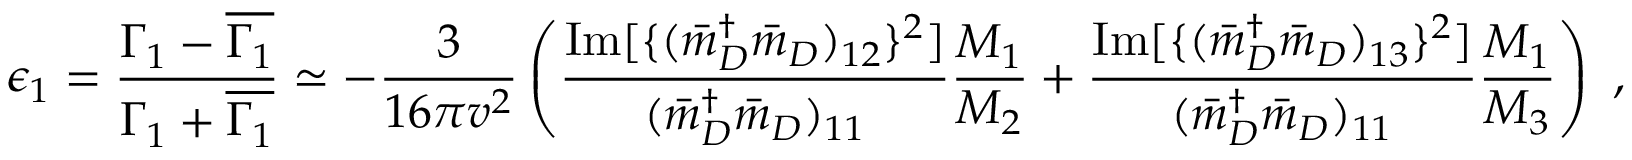
\epsilon _ { 1 } = \frac { \Gamma _ { 1 } - \overline { { { \Gamma _ { 1 } } } } } { \Gamma _ { 1 } + \overline { { { \Gamma _ { 1 } } } } } \simeq - \frac { 3 } { 1 6 \pi v ^ { 2 } } \left( \frac { \mathrm { I m } [ \{ ( { \bar { m } _ { D } } ^ { \dagger } \bar { m } _ { D } ) _ { 1 2 } \} ^ { 2 } ] } { ( { \bar { m } _ { D } } ^ { \dagger } \bar { m } _ { D } ) _ { 1 1 } } \frac { M _ { 1 } } { M _ { 2 } } + \frac { \mathrm { I m } [ \{ ( { \bar { m } _ { D } } ^ { \dagger } \bar { m } _ { D } ) _ { 1 3 } \} ^ { 2 } ] } { ( { \bar { m } _ { D } } ^ { \dagger } \bar { m } _ { D } ) _ { 1 1 } } \frac { M _ { 1 } } { M _ { 3 } } \right) \ ,